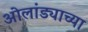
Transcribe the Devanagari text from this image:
ओलांड्याच्या